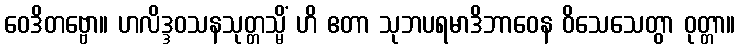
ဝေဒိတဗ္ဗော။ ဟလိဒ္ဒဝသနသုတ္တသ္မိံ ဟိ ဧတာ သုဘပရမာဒိဘာဝေန ဝိသေသေတွာ ဝုတ္တာ။